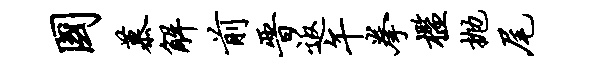
国慕解前晋返午拳槛抛尾